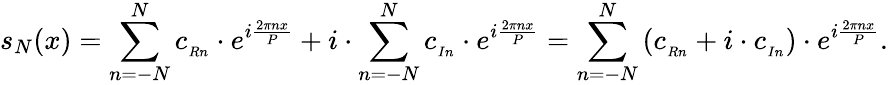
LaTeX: s_{N}(x)=\sum_{n=-N}^{N}c_{_{Rn}}\cdot e^{i{\frac{2\pi nx}{P}}}+i\cdot\sum_{n=-N}^{N}c_{_{In}}\cdot e^{i{\frac{2\pi nx}{P}}}=\sum_{n=-N}^{N}\left(c_{_{Rn}}+i\cdot c_{_{In}}\right)\cdot e^{i{\frac{2\pi nx}{P}}}.